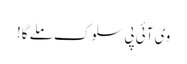
وی آئی پی سلوک ملے گا!